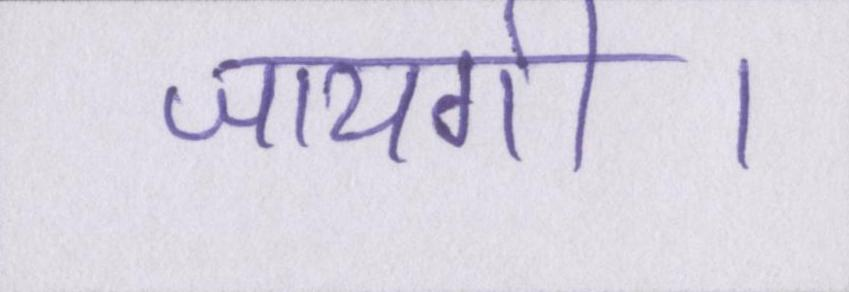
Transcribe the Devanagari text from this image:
जायगी।